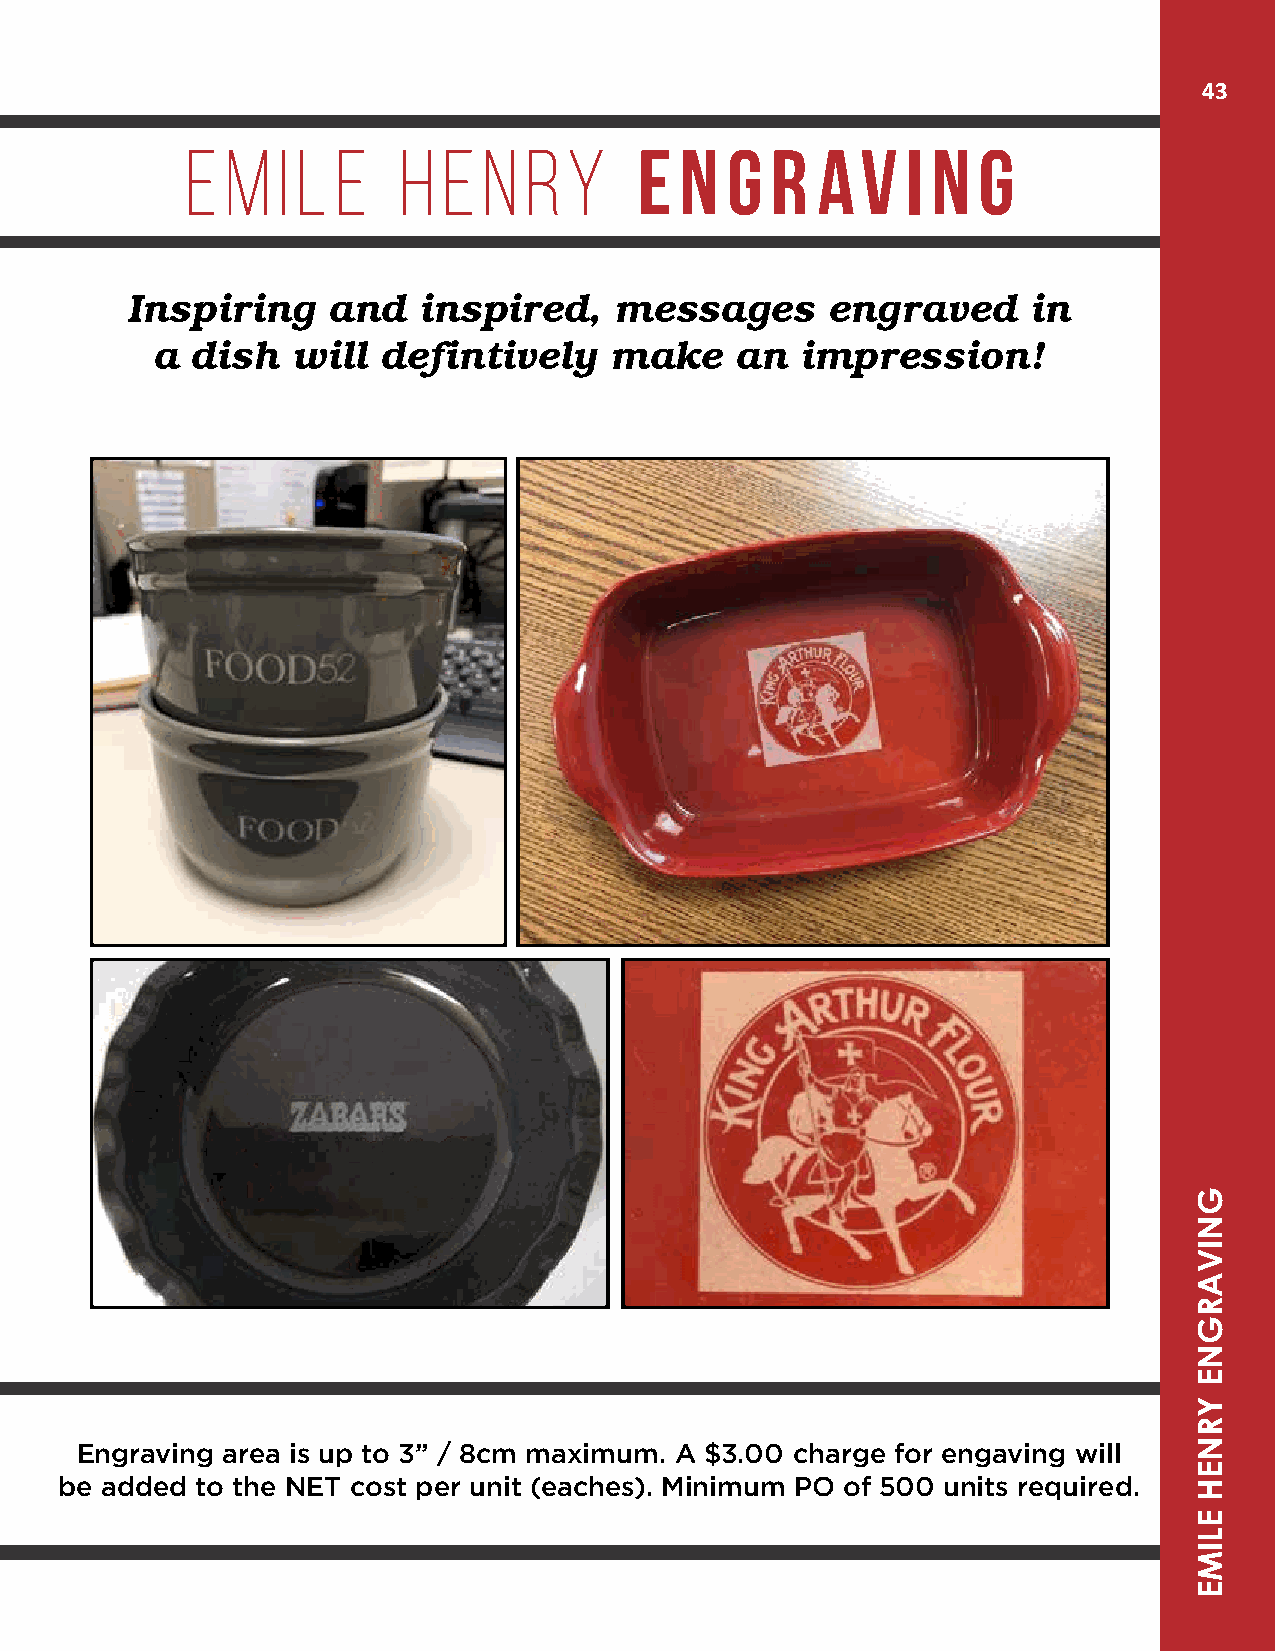
43
 EE MM II LL EE HH EE NN RRYY  E  N  G  R  AV    I N  G
 Inspiring    and   inspired,    messages      engraved     in
 a  dish  will  defintively     make    an  impression!
 Engraving area is up to 3” / 8cm maximum. A $3.00 charge for engaving will
 be added to the NET cost per unit (eaches). Minimum PO of 500 units required.
 GNIVARGNE
 YRNEH
 ELIME